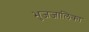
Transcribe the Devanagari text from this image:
भुजजालिका